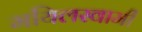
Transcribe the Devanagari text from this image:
मयिलस्वामी